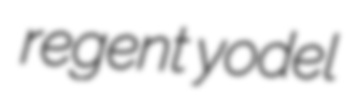
regent yodel